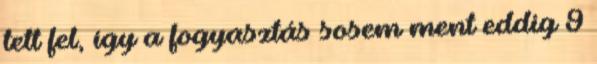
tett fel, így a fogyasztás sosem ment eddig 9